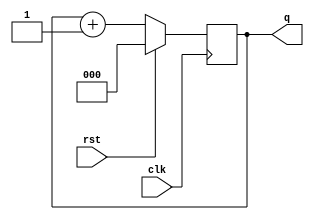
module counter(input clk, rst, output reg [2:0] q);
  always @(posedge clk) begin
    if (rst)
      q = 3'b000;
    else
      q = q+1;
  end
endmodule